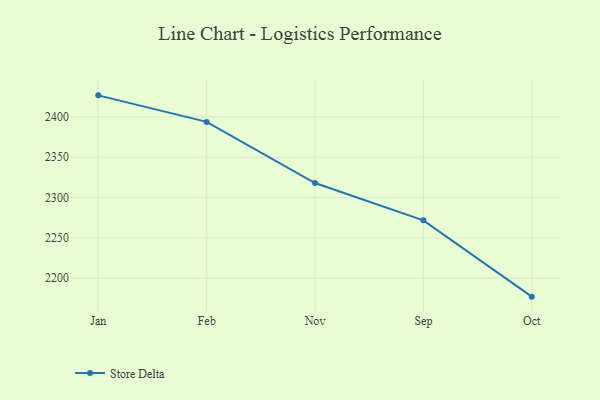
{"axis": {"x": "Month", "y": "Churn Rate (%)"}, "legend": ["Store Delta"], "data": [{"x": "Jan", "y": 2426.7, "type": "Store Delta"}, {"x": "Feb", "y": 2393.8, "type": "Store Delta"}, {"x": "Nov", "y": 2318.0, "type": "Store Delta"}, {"x": "Sep", "y": 2271.8, "type": "Store Delta"}, {"x": "Oct", "y": 2177.2, "type": "Store Delta"}]}